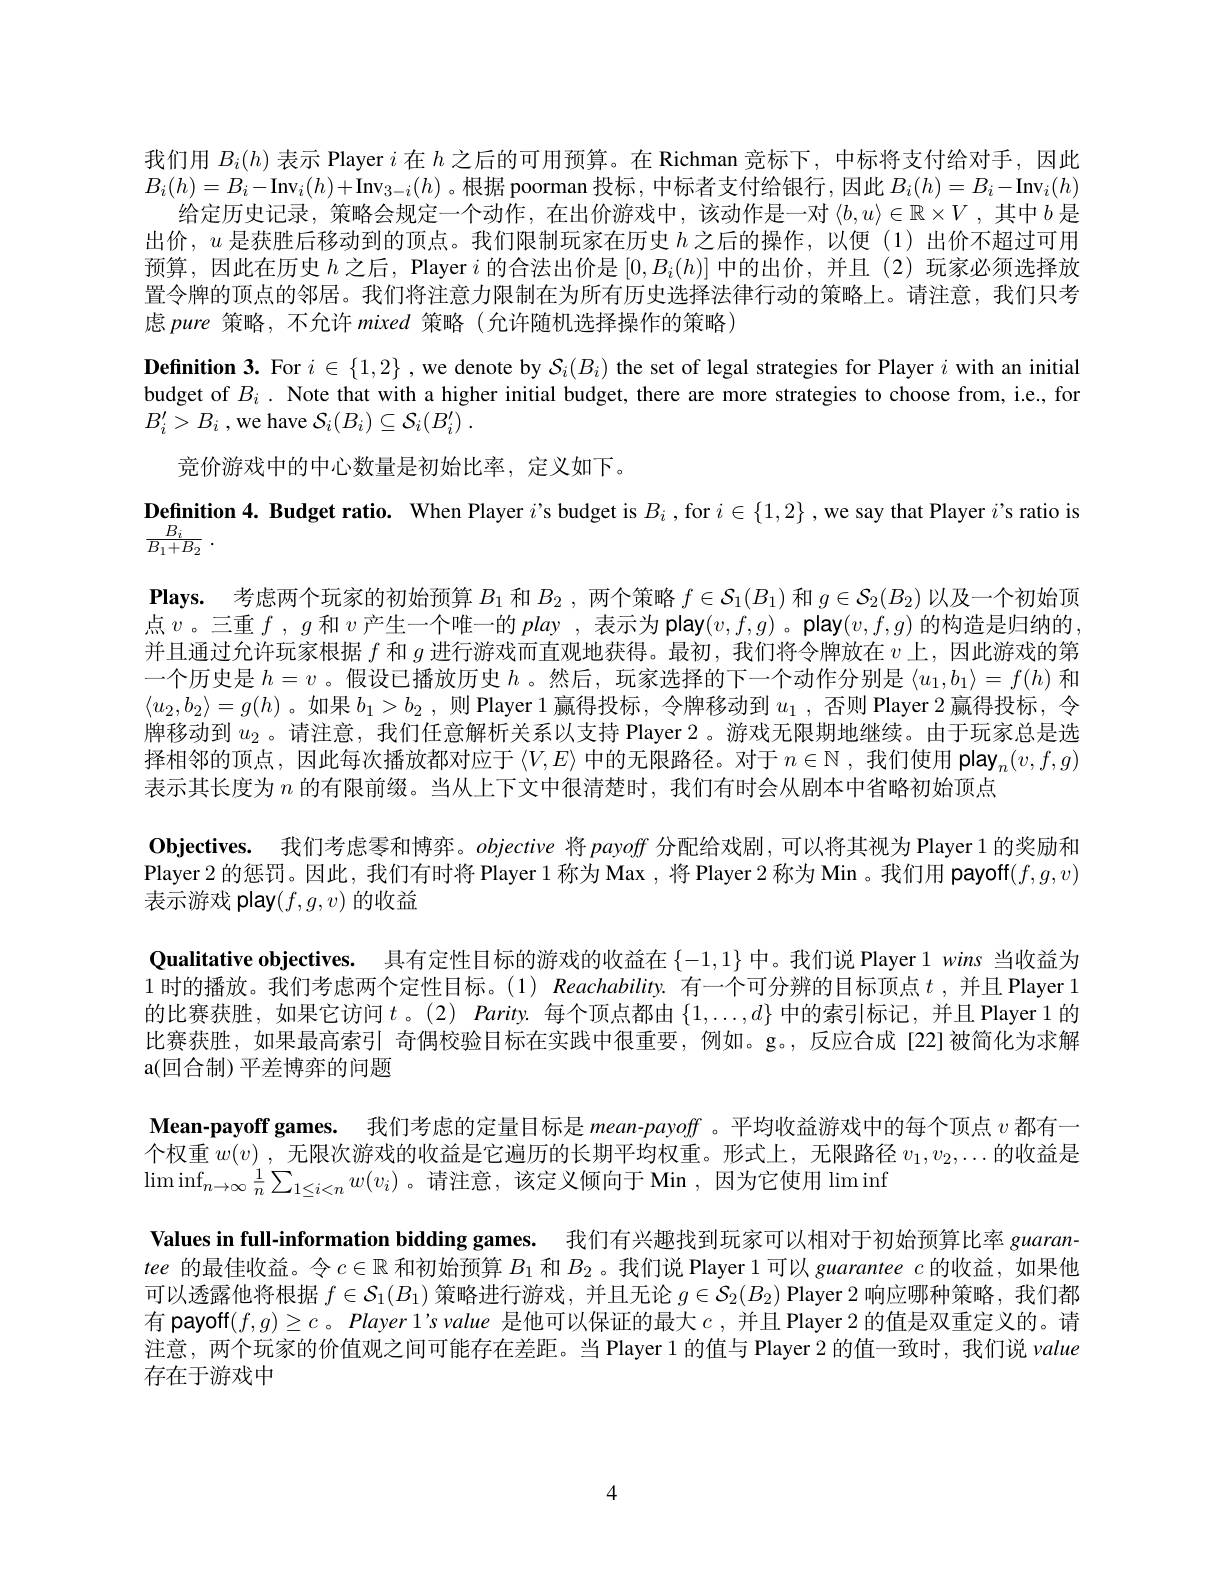
我们用$B_i(h)$表示 Player $i$在$h$之后的可用预算。在 Richman 竞标下，中标将支付给对手，因此$B_i(h)=B_i-$Inv$_i(h)+$Inv$_3-i(h)$ 。根据 poorman 投标，中标者支付给银行 ,因此 $B_i(h)=B_i-$Inv$_i(h)=B_i-$Inv$_i(h)+$Inv$_3-i(h)$ 。根据 poorman 投标，中标者支付给银行 ,因此 $B_i(h)=B_i-$Inv$_i(h)$
给定历史记录，策略会规定一个动作，在出价游戏中，该动作是一对$\langle b,u\rangle\in\mathbb{R}\times V$,其中$b$是出价，$u$是获胜后移动到的顶点。我们限制玩家在历史$h$之后的操作，以便(1)出价不超过可用预算，因此在历史$h$之后，Player $i$的合法出价是$[0,B_i(h)]$中的出价，并且 (2)玩家必须选择放置令牌的顶点的邻居。我们将注意力限制在为所有历史选择法律行动的策略上。请注意，我们只考虑 pure 策略，不允许 mixed 策略(允许随机选择操作的策略)
Definition 3. For $i\in\{1,2\}$ ,we denote by $\mathcal{S}_i(B_i)$ the set of legal strategies for Player $i$ with an initial budget of $B_i$ . Note that with a higher initial budget, there are more strategies to choose from, i.e., for $B_{i}^{\prime }> B_{i}$ ,we have $\mathcal{S} _i( B_{i}) \subseteq \mathcal{S} _{i}( B_{i}^{\prime })$ .
竞价游戏中的中心数量是初始比率，定义如下。
Definition 4. Budget ratio. When Player $i$'s budget is $B_i$,for $i\in\{1,2\}$ ,we say that Player $i$ s ratio is
$\frac {B_i}{B_1+ B_2}$ .

Plays. 考虑两个玩家的初始预算$B_1$和$B_2$,两个策略$f\in\mathcal{S}_1(B_1)$和$g\in\mathcal{S}_2(B_2)$以及一个初始顶点$v$。三重$f$ , $g$ 和 $v$产生一个唯一的 play , 表示为 play$(v,f,g)$ 。play$(v,f,g)$ 的构造是归纳的并且通过允许玩家根据$f$和$g$进行游戏而直观地获得。最初，我们将令牌放在$v$上，因此游戏的第一个历史是$h=v$ 。假设已播放历史$h$ 。然后，玩家选择的下一个动作分别是$\langle u_1,b_1\rangle=f(h)$和$\langle u_2,b_2\rangle=g(h)$ 。如果$b_1>b_2$ ,则 Player 1赢得投标，令牌移动到$u_1$ ,否则 Player 2赢得投标，令牌移动到$u_{2}$ 。请注意，我们任意解析关系以支持 Player 2。游戏无限期地继续。由于玩家总是选择相邻的顶点，因此每次播放都对应于$\langle V,E\rangle$中的无限路径。对于$n\in\mathbb{N}$,我们使用 play$_n(v,f,g)$ 表示其长度为$n$的有限前缀。当从上下文中很清楚时，我们有时会从剧本中省略初始顶点
$\textbf{Objectives. }$ 我们考虑零和博弈。objective 将 payoff 分配给戏剧，可以将其视为 Player 1 的奖励和Player 2 的惩罚。因此，我们有时将 Player 1 称为 Max , 将 Player 2 称为 Min 。我们用 payoff$(f,g,v)$ 表示游戏 play$(f,g,v)$的收益
Qualitative objectives. 具有定性目标的游戏的收益在$\{-1,1\}$中。我们说 Player 1 wins 当收益为1时的播放。我们考虑两个定性目标。(1) Reachability.有一个可分辨的目标顶点$t$ ,并且 Player 1的比赛获胜，如果它访问$t$。(2) Parity.每个顶点都由$\{1,\ldots,d\}$中的索引标记，并且 Player 1 的比赛获胜，如果最高索引 奇偶校验目标在实践中很重要，例如。g。,反应合成[22]被简化为求解a( 回合制)平差博弈的问题
Mean-payoff games. 我们考虑的定量目标是 mean-payoff 。平均收益游戏中的每个顶点$v$都有一个权重$w(v)$ ,无限次游戏的收益是它遍历的长期平均权重。形式上，无限路径$v_1,v_2,\ldots$的收益是$\operatorname*{lim}\inf_{n\to\infty}\frac1n\sum_{1\leq i<n}w(v_i)$。请注意，该定义倾向于 Min ,因为它使用$\lim\inf_{n\to\infty}$
Values in full-information bidding games. 我们有兴趣找到玩家可以相对于初始预算比率 guarantee的最佳收益。令$c\in\mathbb{R}$和初始预算$B_1$和$B_2$ 。我们说 Player 1 可以 guarantee $c$的收益，如果他可以透露他将根据$f\in\mathcal{S}_1(B_1)$策略进行游戏，并且无论$g\in\mathcal{S}_2(B_2)$ Player 2 响应哪种策略，我们都有 payoff$(f,g)\geq c$。Player 1's value 是他可以保证的最大$c$,并且 Player 2 的值是双重定义的。请注意，两个玩家的价值观之间可能存在差距。当 Player 1 的值与 Player 2 的值一致时，我们说 value 存在于游戏中

4